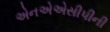
એનએએસીપીની